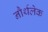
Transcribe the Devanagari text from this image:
नौर्थलेक